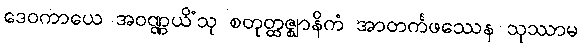
ဒေဝကာယေ အဝဏ္ဏယိံသု စတုတ္ထဇ္ဈာနိကံ အာတင်္ကဖဿေန သုဿာမ